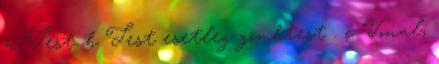
a Test. b Test esetleg gömbtest . c Vonal,